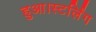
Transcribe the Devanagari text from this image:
हुआ।स्टर्लिंग